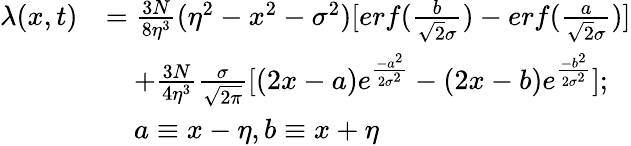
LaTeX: \begin{array}{rl}{\lambda(x,t)}&{=\frac{3N}{8\eta^{3}}(\eta^{2}-x^{2}-\sigma^{2})[erf(\frac{b}{\sqrt{2}\sigma})-erf(\frac{a}{\sqrt{2}\sigma})]}\\ &{\quad+\frac{3N}{4\eta^{3}}\frac{\sigma}{\sqrt{2\pi}}[(2x-a)e^{\frac{-a^{2}}{2\sigma^{2}}}-(2x-b)e^{\frac{-b^{2}}{2\sigma^{2}}}];}\\ &{\quad a\equiv x-\eta,b\equiv x+\eta}\end{array}